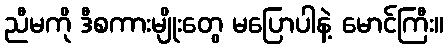
ညီမကို ဒီစကားမျိုးတွေ မပြောပါနဲ့ မောင်ကြီး။